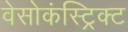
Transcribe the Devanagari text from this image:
वेसोकंस्ट्रिक्ट